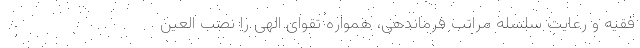
فقیه و رعایت سلسله مراتب فرماندهی، همواره تقوای الهی را نصب العین